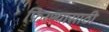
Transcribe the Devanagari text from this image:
फ़िरण्यासाठी